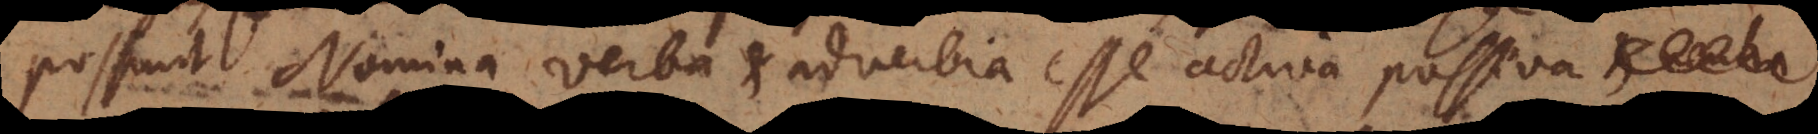
Possunt Nomina, verba et adverbia esse activa, passiva,